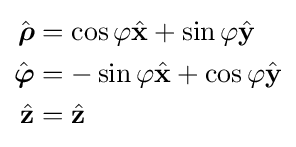
{\begin{aligned}{\hat {\boldsymbol {\rho }}}&=\cos \varphi {\hat {\mathbf {x} }}+\sin \varphi {\hat {\mathbf {y} }}\\{\hat {\boldsymbol {\varphi }}}&=-\sin \varphi {\hat {\mathbf {x} }}+\cos \varphi {\hat {\mathbf {y} }}\\{\hat {\mathbf {z} }}&={\hat {\mathbf {z} }}\end{aligned}}